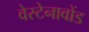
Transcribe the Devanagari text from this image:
वेस्टेनावोंड